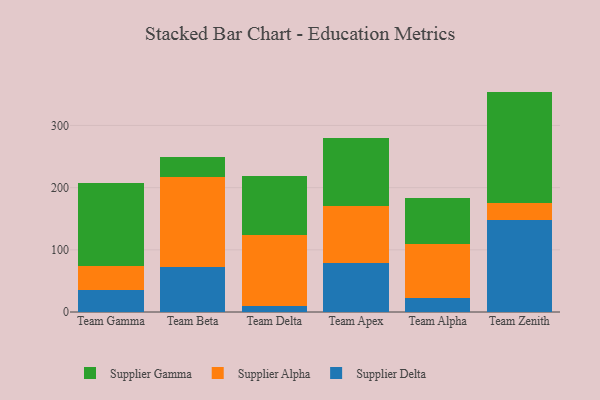
{"axis": {"x": "Team", "y": "Conversion Rate (%)"}, "legend": ["Supplier Alpha", "Supplier Delta", "Supplier Gamma"], "data": [{"x": "Team Gamma", "y": 35.5, "type": "Supplier Delta"}, {"x": "Team Gamma", "y": 37.8, "type": "Supplier Alpha"}, {"x": "Team Gamma", "y": 134.2, "type": "Supplier Gamma"}, {"x": "Team Beta", "y": 72.3, "type": "Supplier Delta"}, {"x": "Team Beta", "y": 144.4, "type": "Supplier Alpha"}, {"x": "Team Beta", "y": 33.1, "type": "Supplier Gamma"}, {"x": "Team Delta", "y": 9.7, "type": "Supplier Delta"}, {"x": "Team Delta", "y": 113.7, "type": "Supplier Alpha"}, {"x": "Team Delta", "y": 95.0, "type": "Supplier Gamma"}, {"x": "Team Apex", "y": 78.2, "type": "Supplier Delta"}, {"x": "Team Apex", "y": 92.0, "type": "Supplier Alpha"}, {"x": "Team Apex", "y": 110.2, "type": "Supplier Gamma"}, {"x": "Team Alpha", "y": 22.5, "type": "Supplier Delta"}, {"x": "Team Alpha", "y": 86.2, "type": "Supplier Alpha"}, {"x": "Team Alpha", "y": 74.3, "type": "Supplier Gamma"}, {"x": "Team Zenith", "y": 148.5, "type": "Supplier Delta"}, {"x": "Team Zenith", "y": 27.0, "type": "Supplier Alpha"}, {"x": "Team Zenith", "y": 179.0, "type": "Supplier Gamma"}]}